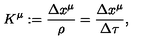
K ^ { \mu } : = \frac { \Delta x ^ { \mu } } { \rho } = \frac { \Delta x ^ { \mu } } { \Delta \tau } ,